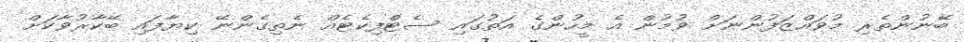
ބޭނުންތެރި މުވައްޒަފުންނަށް ވުމުން އެ މީހުންގެ އަތުގައި ސެޓްފިކެޓެއް ނެތިގެންނޭ ކިޔާފައި ބޭކާރުވާކަށް